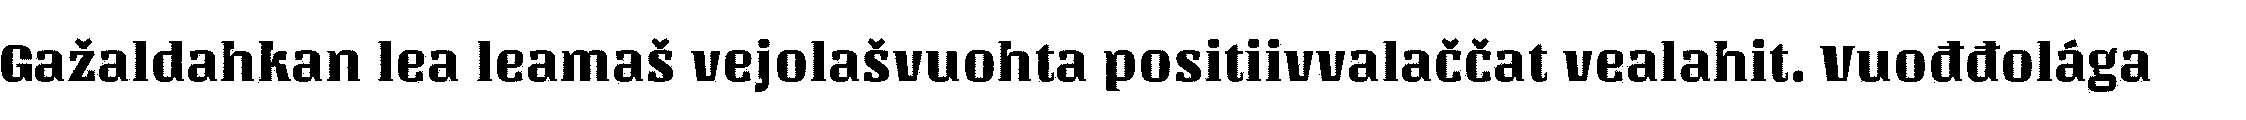
Gažaldahkan lea leamaš vejolašvuohta positiivvalaččat vealahit. Vuođđolága